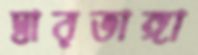
দ্বারভাঙ্গা